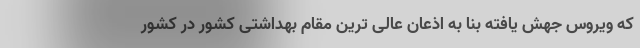
که ویروس جهش یافته بنا به اذعان عالی ترین مقام بهداشتی کشور در کشور